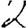
Digit: 2